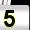
Digit: 5